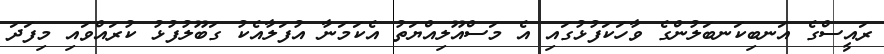
ރައީސްގެ އަނބިކަނބަލުންގެ ވާހަކަފުޅުގައި އެ މަސްއޫލިއްޔަތު އެކަމަނާ އުފަލާއެކު ގަބޫލުފުޅު ކުރައްވައި މިފަދަ